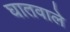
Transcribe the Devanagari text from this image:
घातवाले